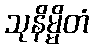
သုနိမ္မိတံ